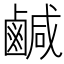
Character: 鹹